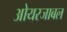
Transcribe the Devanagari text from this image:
ओयरजाबल